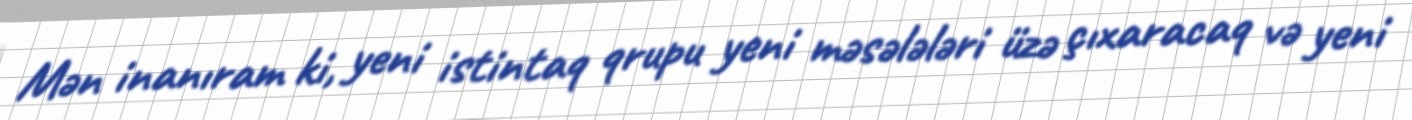
Mən inanıram ki, yeni istintaq qrupu yeni məsələləri üzə çıxaracaq və yeni